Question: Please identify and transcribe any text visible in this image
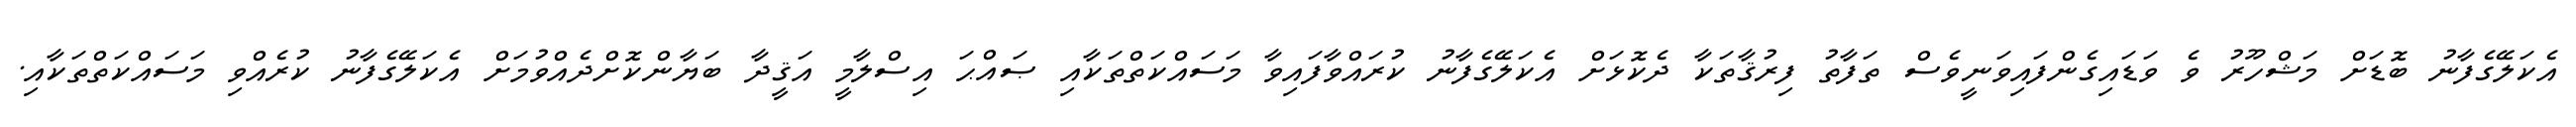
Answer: އެކަލޭގެފާނު ބޮޑަށް މަޝްހޫރު ވެ ވަޑައިގެންފައިވަނީވެސް ތަފާތު ފިރުޤާތަކާ ދެކޮޅަށް އެކަލޭގެފާނު ކުރައްވާފައިވާ މަސައްކަތްތަކާއި ޞައްޙަ އިސްލާމީ އަޤީދާ ބަޔާންކޮށްދެއްވުމަށް އެކަލޭގެފާނު ކުރެއްވި މަސައްކަތްތަކާއި.